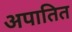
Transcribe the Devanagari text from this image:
अपातित